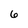
Character: 6